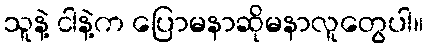
သူနဲ့ ငါနဲ့က ပြောမနာဆိုမနာလူတွေပါ။